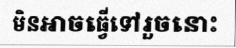
មិនអាចធ្វើទៅរួចនោះ